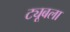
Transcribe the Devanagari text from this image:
ट्यूबला